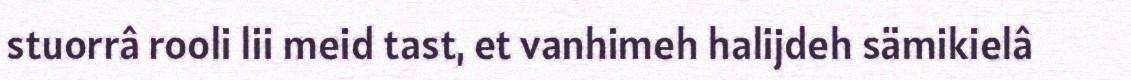
stuorrâ rooli lii meid tast, et vanhimeh halijdeh sämikielâ